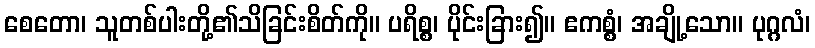
စေတော၊ သူတစ်ပါးတို့၏သိခြင်းစိတ်ကို။ ပရိစ္စ၊ ပိုင်းခြား၍။ ဧကစ္စံ၊ အချို့သော။ ပုဂ္ဂလံ၊